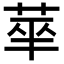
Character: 𬜻